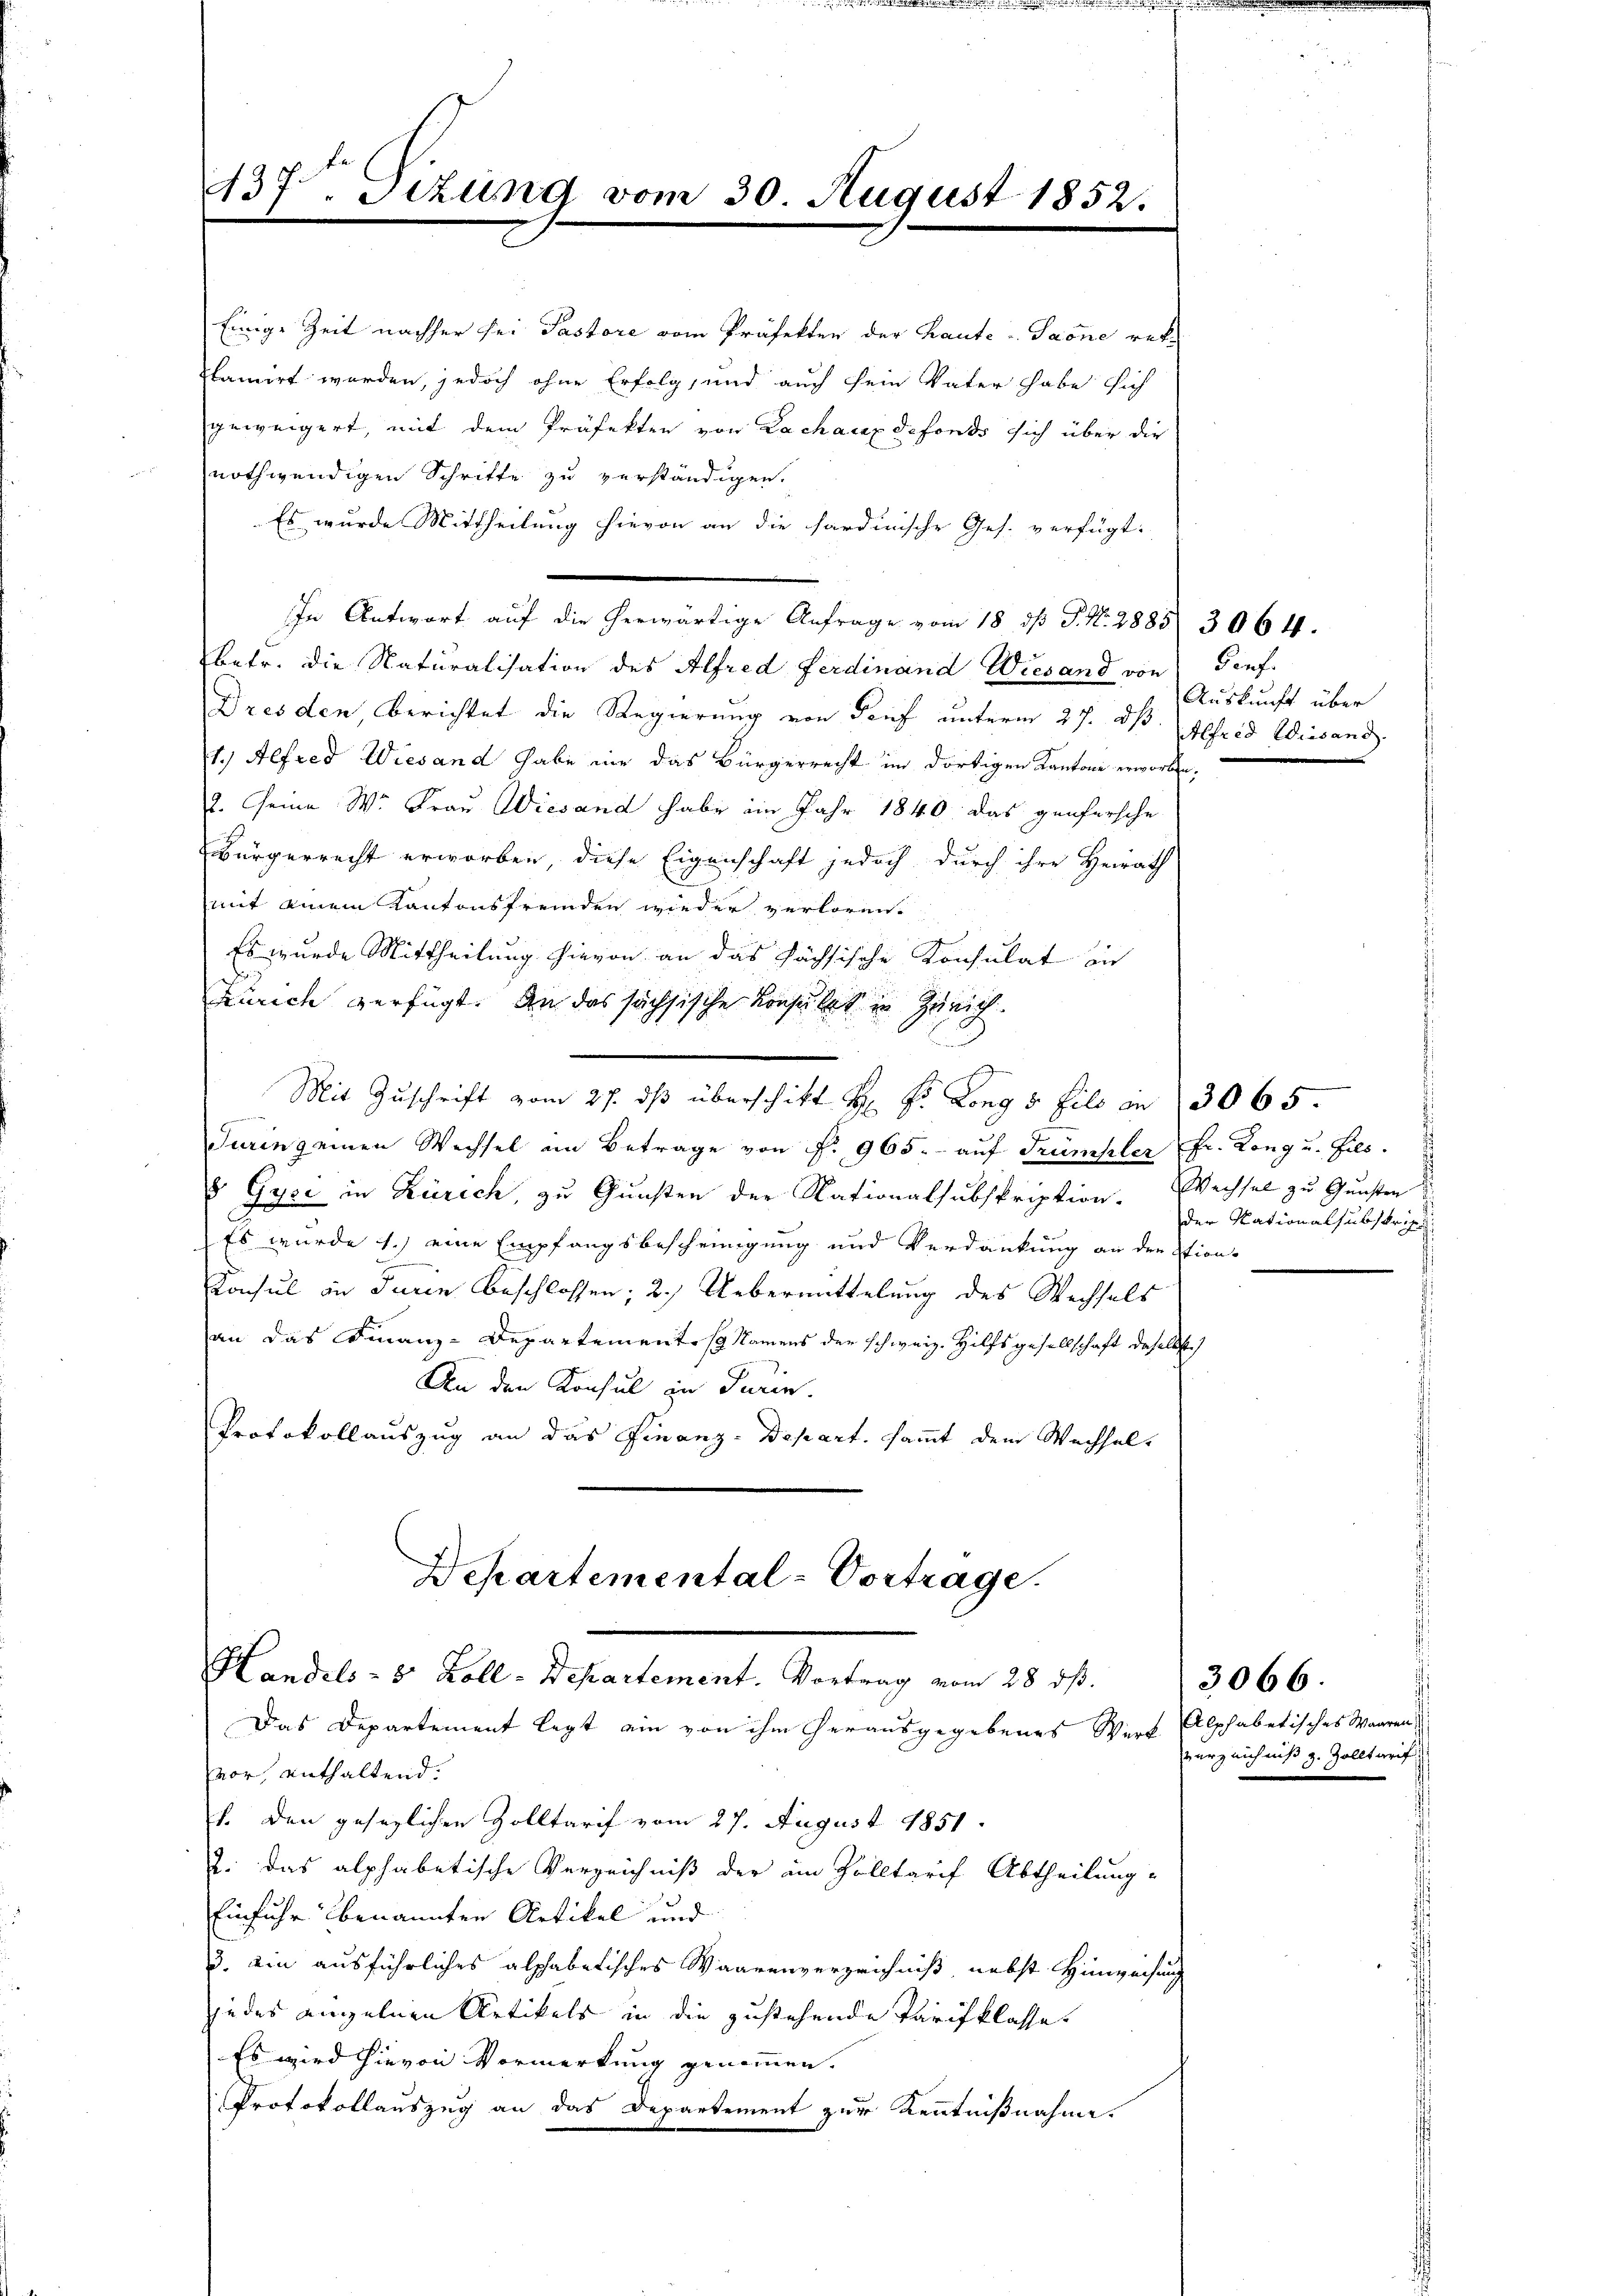
437. Tizung vom 30. August 1852.

Einige Zeit nachher sei Pastore vom Präfekten der Laute-Saone rekplamirt werden, jedoch ohne Erfolg, und auch sein Vater habe sich
geweigert, mit dem Präfekten von Lachaux defonds sich über die
nothwendigen Schritte zu verständigen.
Es wurde Mittheilung hievon an die Sardinische Ges. verfügt:
betr. die Naturalisation des Alfred Ferdinand Wiesand von Genf
Dresden berichtet die Regierung von Dorf unterm 27. dh. Alfred Wiesand
1.) Alfred Wiesand habe nie das Bürgerrecht im dortigen Kantone erworben,
2. Seine Wr. Frau Wiesand habe im Jahr 1840. Das genfersche
Bürgerrecht erworben, diese Eigenschaft jedoch durch ihre Heirath
mit einem Kantonsfremden wieder verloren.
Es wurde Mittheilung hievon an das Sächsische Konsulat in
Zürich verfügt. An das sächsische Konsulat in Zürich.
Mit Zuschrift vom 27. ds überschikt H: Dr. Long 5 fils in 3065.
Turing einen Wechsel im Betrage von Fr. 965.- aŭf Trümpler fr. Kong u. fils.
 Gyce in Zürich, zu Gunsten der Nationalsubskription. Wechsel zu Gunsten
Es wurde 1.) eine Empfangsbescheinigung und Verdankung an der Stion¬
Konsul in Turin beschlossen; 2.) Uebermittelung des Wechsels
an das Finanz-Departementes Namens der schweiz. Hilfsgesellschaft daselbst
An den Konsul in Turin.
Protokollauszug an das Finanz-Depart, sammt dem Wechsel-

Auskunft über

In Antwort auf die herwärtige Anfrage vom 18. ds J. N. 2885/ 3064.

der National subskripti

Schartemental-Vortrage.
Handels- 8 Zoll-Departement. Vortrag vom 28. ds.

3066.
erzeichniß z. Zolltarif

Das Departement legt ein von ihm herausgegebenes Wert Alphabetisches Waaren,
vor, enthaltend.
1. Den gesezlichen Zolltarif vom 27. August 1851
2. das alphabetische Verzeichniß der ein Zolltarif Abtheilung
Einfuhr benannten Artikel und
3. ein ausführliches alphabetisches Waarenverzeichniß, nebst Hinwachung
jedes anzelnen Artikels in die zustehende Tarifklasse
Es wird hievon Vormerkung genommen.
Protokollauszug an das Departement zur Kenntnißnahme.